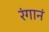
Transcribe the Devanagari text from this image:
रंगानं